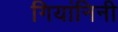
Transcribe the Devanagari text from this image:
गियांनिनी